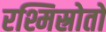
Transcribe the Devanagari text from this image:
रश्मिस्रोतों